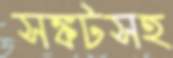
সঙ্কটসহ